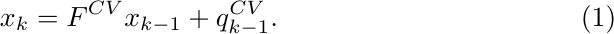
\begin{align} \label{eq:object_dynamic_model}
    x_k = F^{CV} x_{k-1} + q^{CV}_{k-1}.
\end{align}